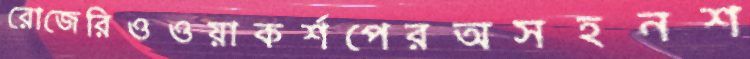
রোজেরিওওয়াকর্শপেরঅসহনশ